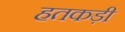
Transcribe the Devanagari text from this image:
हतकड़ी